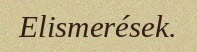
Elismerések.